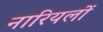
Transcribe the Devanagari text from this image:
नारियलों